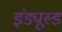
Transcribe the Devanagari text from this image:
इंड्यूस्ड